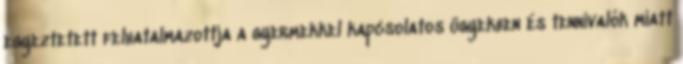
egyeztetett felhatalmazottja a gyermekkel kapcsolatos ügyekben és tennivalók miatt